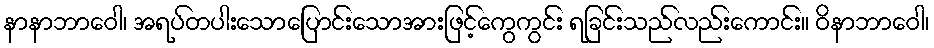
နာနာဘာဝေါ၊ အရပ်တပါးသောပြောင်းသောအားဖြင့်ကွေကွင်း ရခြင်းသည်လည်းကောင်း။ ဝိနာဘာဝေါ၊